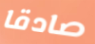
صادقا